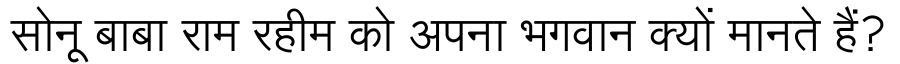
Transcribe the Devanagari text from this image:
सोनू बाबा राम रहीम को अपना भगवान क्यों मानते हैं?